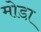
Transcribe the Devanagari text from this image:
मोडा़